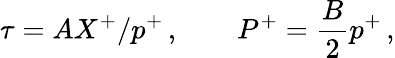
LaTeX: \tau=AX^{+}/p^{+}\, ,\quad\quad P^{+}=\frac{B}{2}p^{+}\, ,